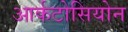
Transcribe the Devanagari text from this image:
आर्कटोसियोन